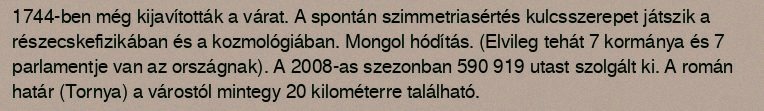
1744-ben még kijavították a várat. A spontán szimmetriasértés kulcsszerepet játszik a részecskefizikában és a kozmológiában. Mongol hódítás. (Elvileg tehát 7 kormánya és 7 parlamentje van az országnak). A 2008-as szezonban 590 919 utast szolgált ki. A román határ (Tornya) a várostól mintegy 20 kilométerre található.